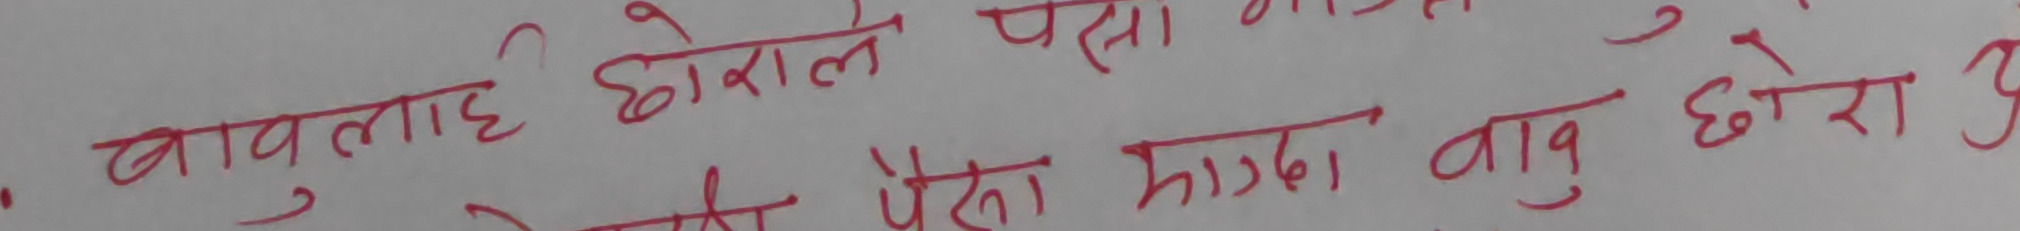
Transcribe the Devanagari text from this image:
बावुलाई छोराले पैसा माग्दा बाबु छोरा रु